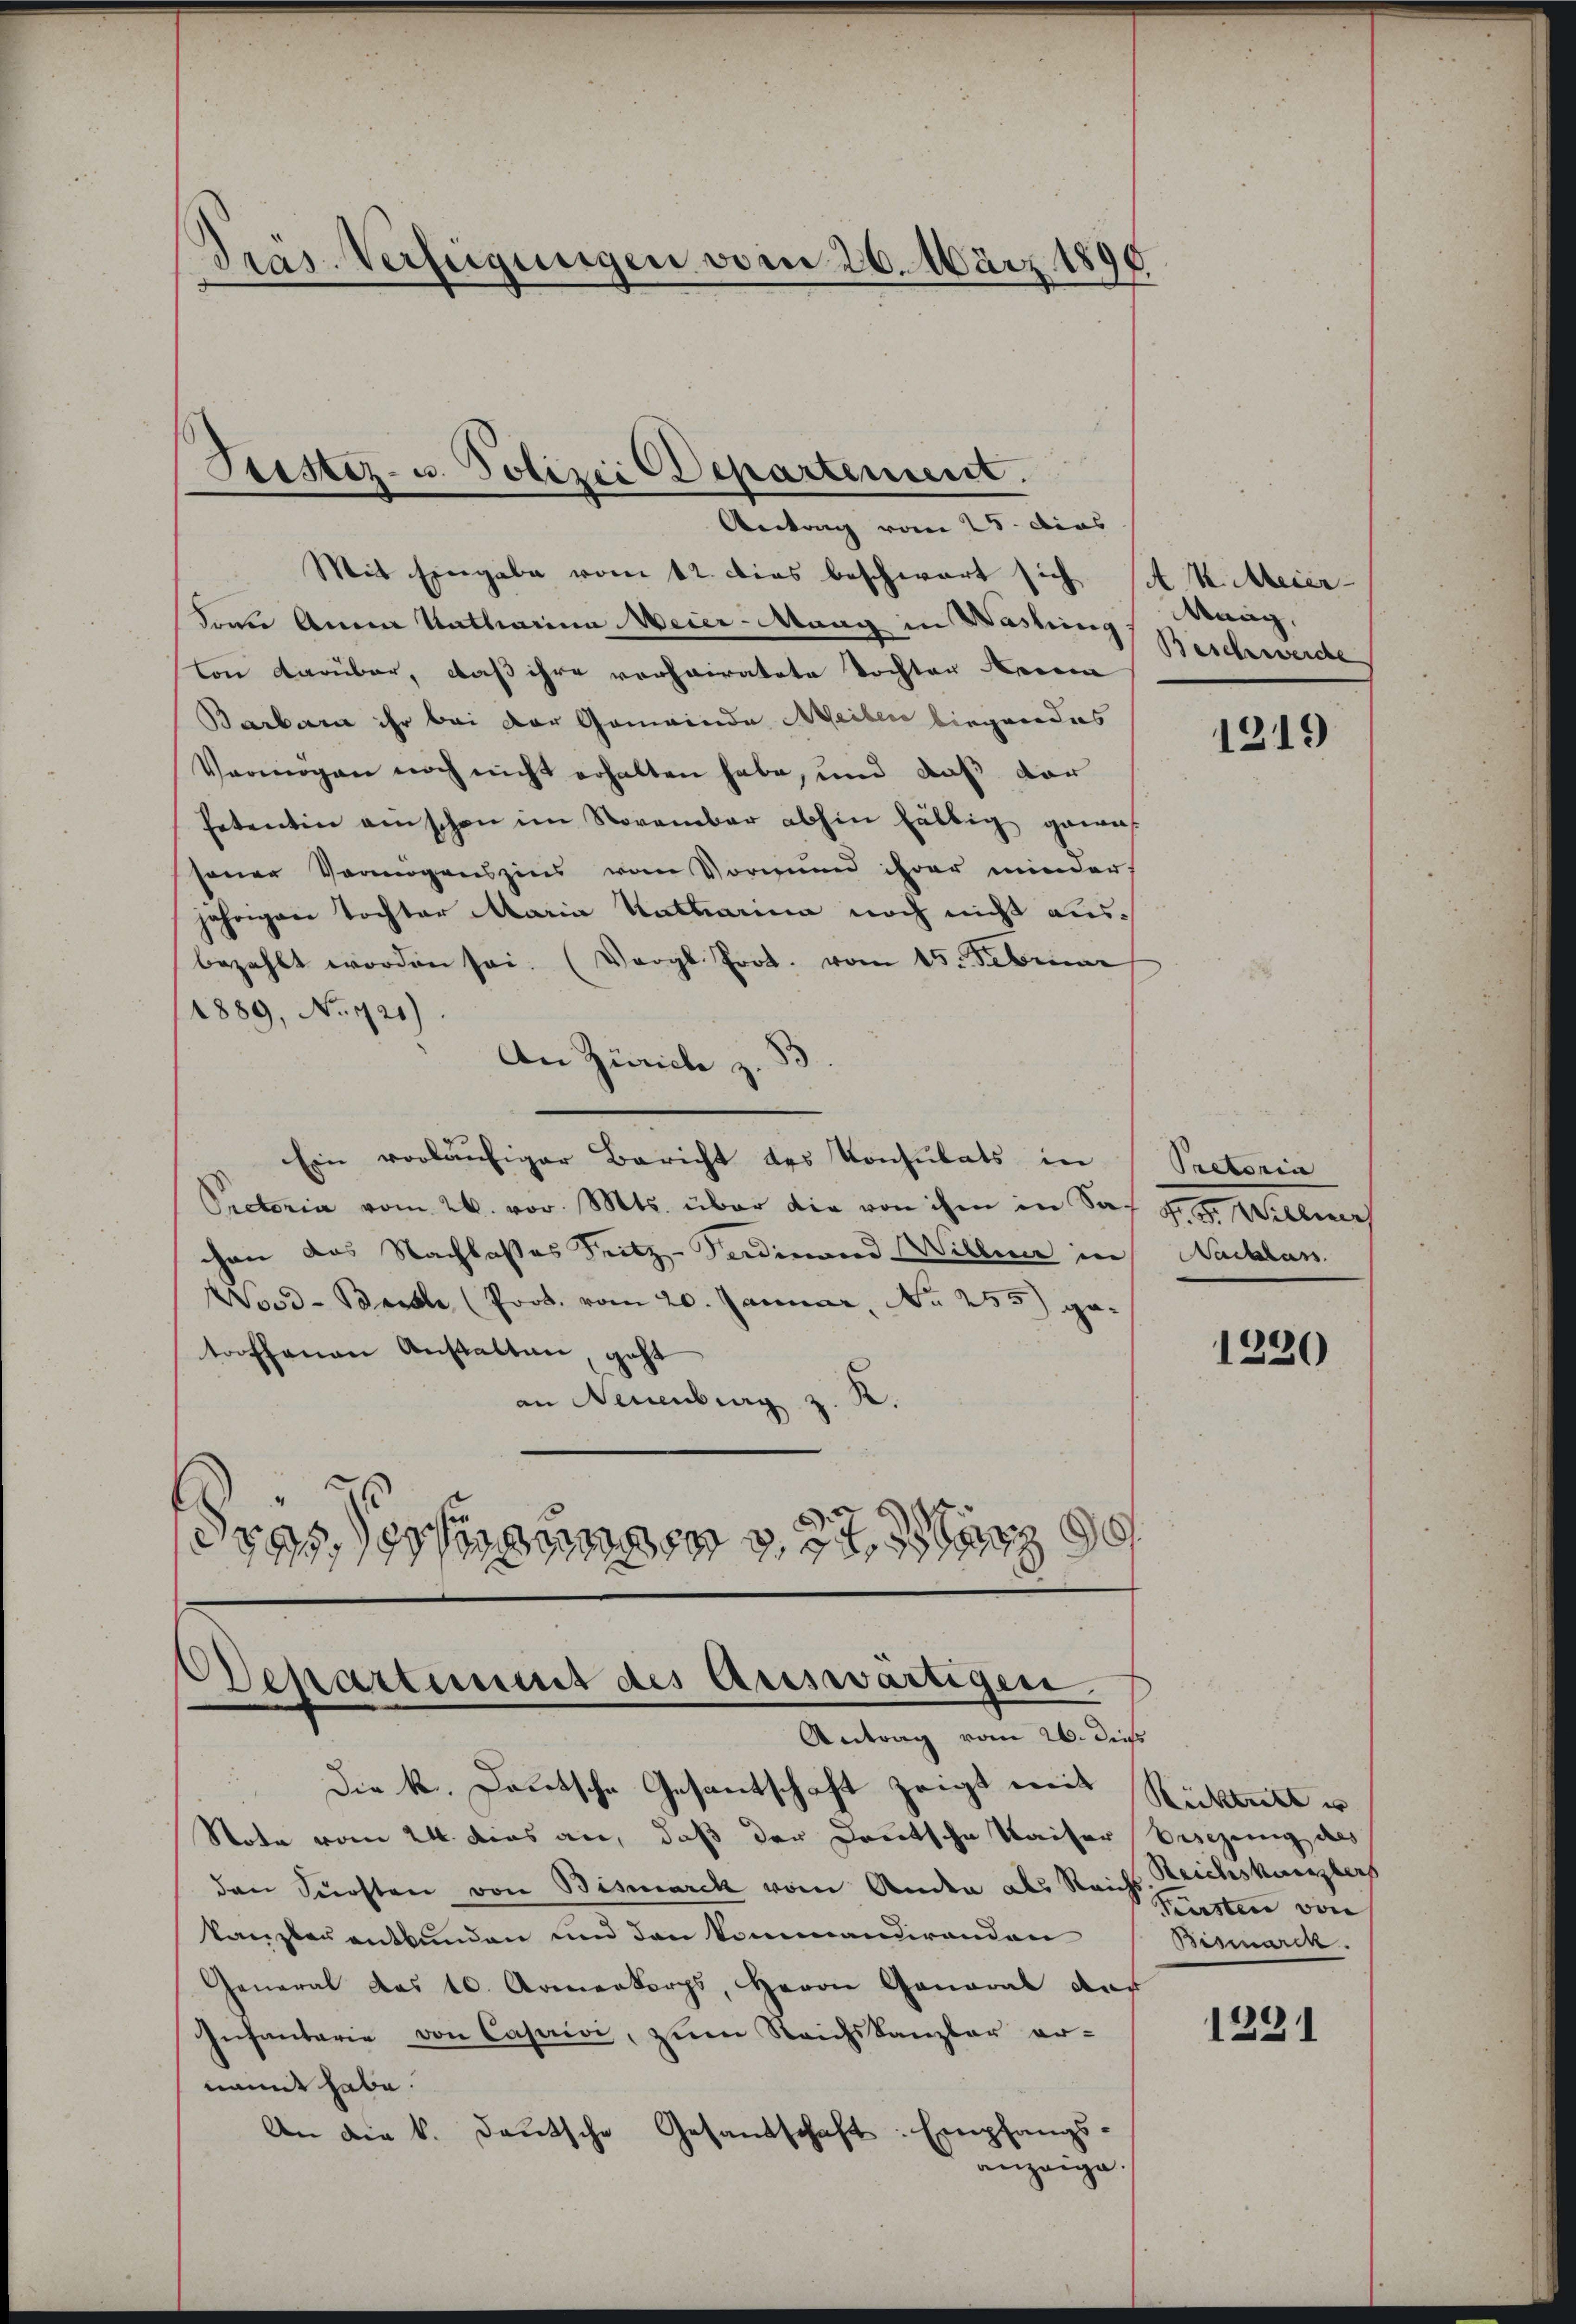
Präs-Verfügungen vom 26. März 1890

Trister- u. Polizei Departement.
Antrag vom 25. dies

Mit Eingabe vom 12. dies beschwart sich A K. Meier-
Frau Anna Katharina Meier-Maag in Washings Maag,
von darüber, daß ihre vorhairatete Tochten Heira
Barbar ihr bei der Gemeinde Weiben liegen des
Vermögen noch nicht erhalten habe, und daß vor
Petentin ein schon im November abhin hältig gewies
jener Vermögenszins vom Vormund ihrer minder
jährigen Tochter Maria Katharina noch nicht ausbezahlt worden sei. (Vergl. Prot. vom 15. Februar
1889, No. 121)
An Zürich z.
Ein vorläufiger Bericht des Konsulats in Rectoria
Pictoria vom 26. vor. Mts. über die von ihm in Saf ge. Willner
chen das Nachlasses Fritz - Ferdinand Willen in
Wood-Basel (Prot. vom 20. Januar, No 255) getorthanen Anstalten geht
an Neuenburg z. R.
d
degessenen an

Departemmt des Auswärtigen.
Antrag vom 26. dieß

Die k. Deutsche Gesantschaft zeigt mit Rickelt un
Stote vom 24. dies an, daß der Deutsche Kaiser Besizung des
den Fürsten von Bismarck vom Ander als Rechteten von
kanzlenentbunden und den kommandirenden
General das 10. Armenkorps, Herrn General aus
Infanterie von Casaici, zum Reichskanzler er-
nannt habe.
An die k. Deutsche Gesandschaft. Empfangsanzeige.

Bescherweiche

1219

Nachlas

1220

Reichskanzlers
Bismarck.

1291